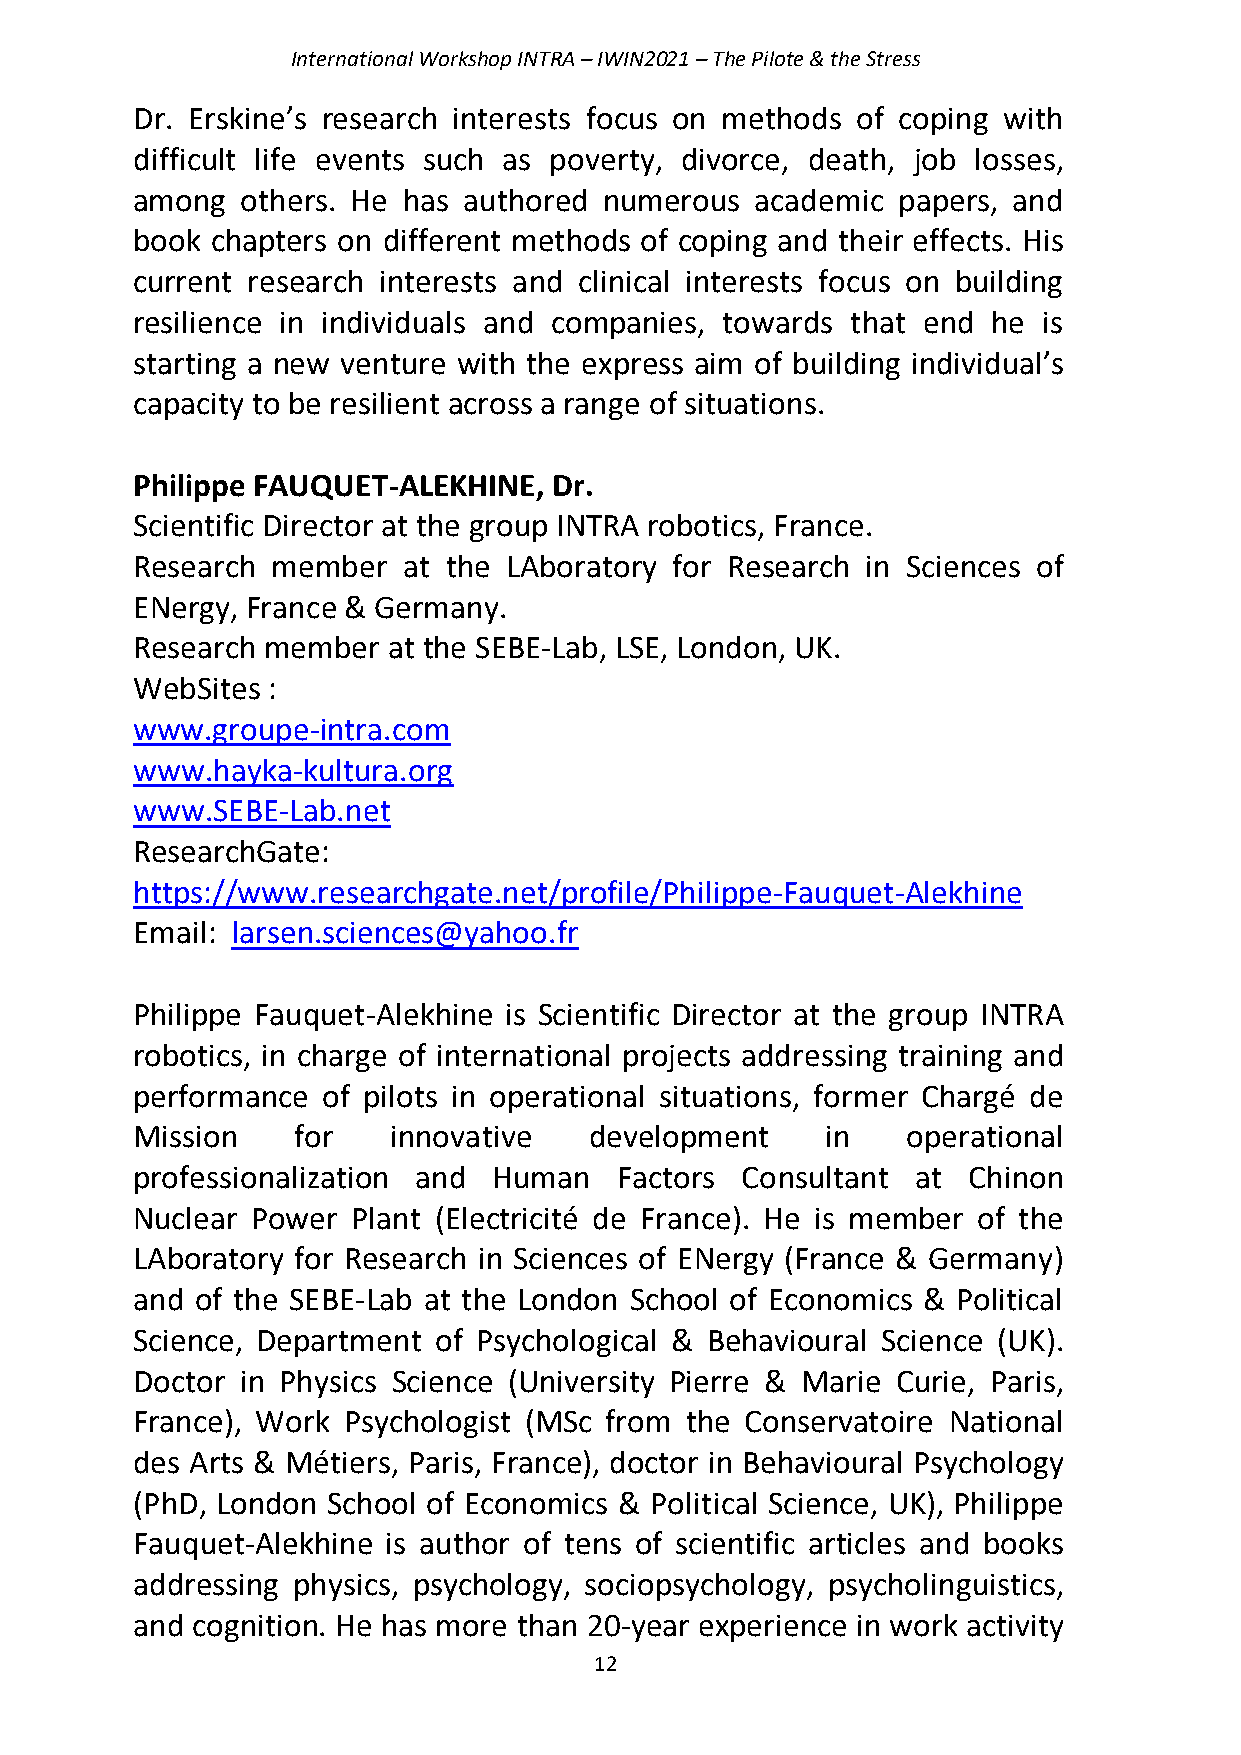
International Workshop INTRA – IWIN2021 – The Pilote & the Stress
 Dr. Erskine’s research interests focus on methods of coping with
 difficult life events such as poverty, divorce, death, job losses,
 among  others. He has authored numerous  academic papers, and
 book chapters on different methods of coping and their effects. His
 current research interests and clinical interests focus on building
 resilience in individuals and companies, towards that end he is
 starting a new venture with the express aim of building individual’s
 capacity to be resilient across a range of situations.
 Philippe FAUQUET-ALEKHINE,  Dr.
 Scientific Director at the group INTRA robotics, France.
 Research member   at the LAboratory for Research in Sciences of
 ENergy, France & Germany.
 Research member  at the SEBE-Lab, LSE, London, UK.
 WebSites :
 www.groupe-intra.com
 www.hayka-kultura.org
 www.SEBE-Lab.net
 ResearchGate:
 https://www.researchgate.net/profile/Philippe-Fauquet-Alekhine
 Email: larsen.sciences@yahoo.fr
 Philippe Fauquet-Alekhine is Scientific Director at the group INTRA
 robotics, in charge of international projects addressing training and
 performance of pilots in operational situations, former Chargé de
 Mission   for    innovative   development     in   operational
 professionalization and Human   Factors Consultant  at Chinon
 Nuclear Power Plant (Electricité de France). He is member of the
 LAboratory for Research in Sciences of ENergy (France & Germany)
 and of the SEBE-Lab at the London School of Economics & Political
 Science, Department of Psychological & Behavioural Science (UK).
 Doctor in Physics Science (University Pierre & Marie Curie, Paris,
 France), Work Psychologist (MSc from the Conservatoire National
 des Arts & Métiers, Paris, France), doctor in Behavioural Psychology
 (PhD, London School of Economics & Political Science, UK), Philippe
 Fauquet-Alekhine is author of tens of scientific articles and books
 addressing physics, psychology, sociopsychology, psycholinguistics,
 and cognition. He has more than 20-year experience in work activity
 12